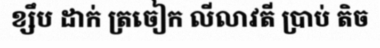
ខ្សឹប ដាក់ ត្រចៀក លីលាវតី ប្រាប់ តិច